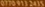
0770 913 2415